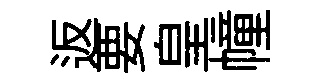
返要皇幢